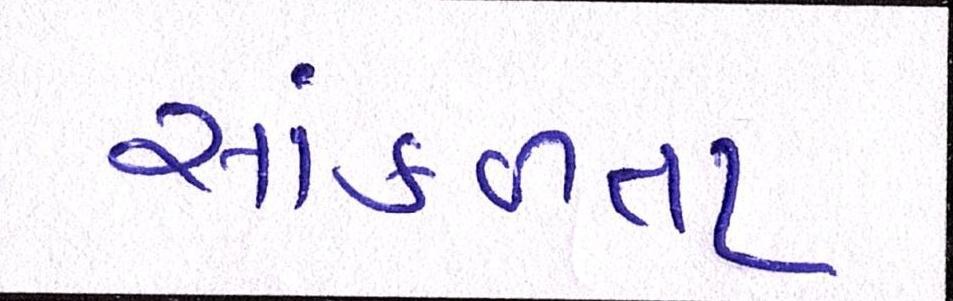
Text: સાંકળતા